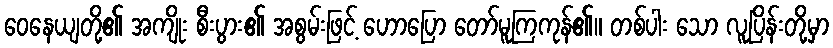
ဝေနေယျတို့၏ အကျိုး စီးပွား၏ အစွမ်းဖြင့် ဟောပြော တော်မူကြကုန်၏။ တစ်ပါး သော လူပြိန်းတို့မှာ